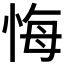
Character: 悔